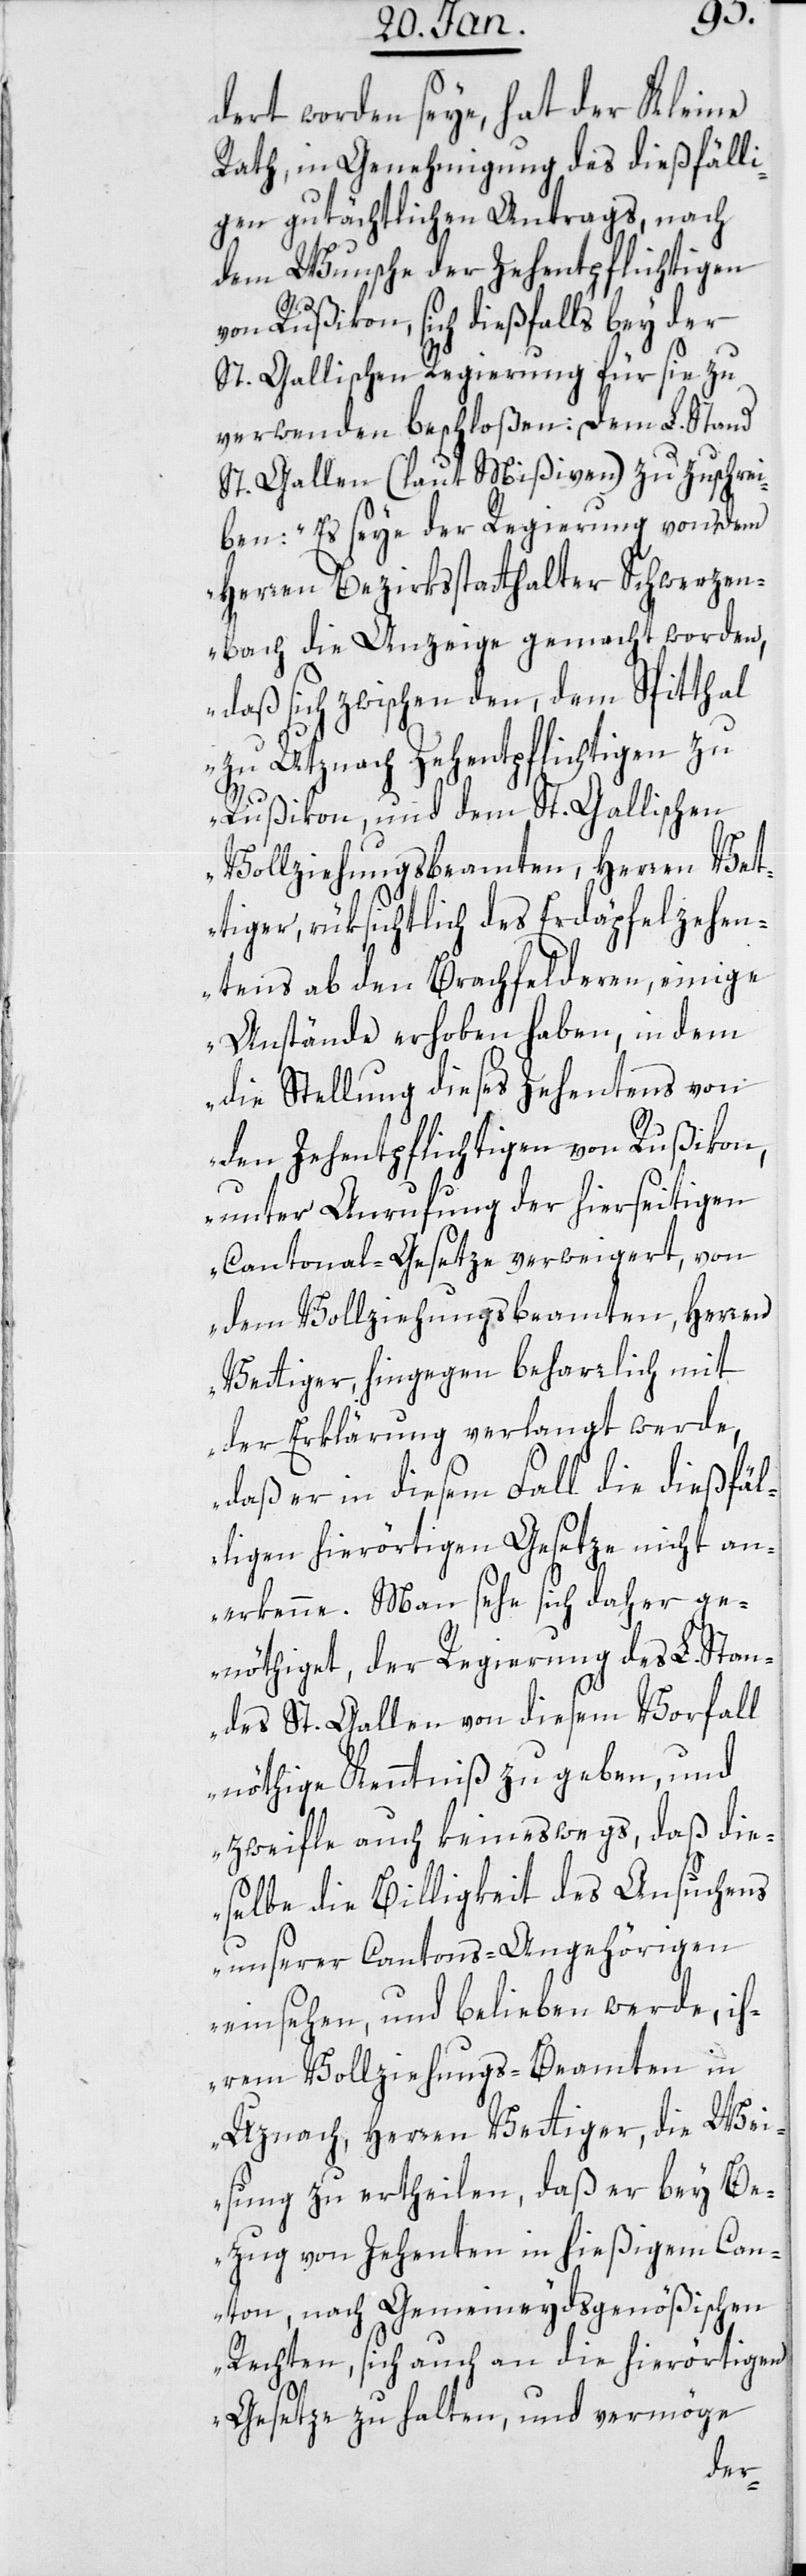
dert worden seye, hat der Kleine
Rath in Genehmigung des dießfäll¬
igen gutächtlichen Antrags, nach
dem Wunsche der Zehentpflichtigen
von Rußikon, sich diesfalls bey der
St. Gallischen Regierung für sie zu
verwenden beschloßen: Dem L. Stand
St. Gallen (laut Mißiven) zu zuschrei¬
„Es seye der Regierung von dem
Herren Bezirksstatthalter Schwerzen¬
bach die Anzeige gemacht worden,
daß sich zwischen den, dem Spitthal
zu Utznach Zehentpflichtigen zu
Rußikon, und dem St. Gallischen
Vollziehungsbeamten, Herren Vet¬
tiger, rüksichtlich des Erdäpfelzehen¬
tens ab den Brachfelderen, einige
Anstände erhoben haben, in dem
die Stellung dieses Zehentens von
den Zehentpflichtigen von Rußikon,
unter Anrufung der hierseitigen
Cantonal-Gesetze verweigert, von
dem Vollziehungsbeamten, Herren
Vettiger hingegen beharrlich mit
der Erklärung verlangt werde,
daß er in diesem Fall die dießfäl¬
ligen hierörtigen Gesetze nicht an¬
erkenne. Man sehe sich daher ge¬
nöthiget, der Regierung des L. Stan¬
des St. Gallen von diesem Vorfall
nöthige Kenntniß zu geben, und
zweifle auch keineswegs, daß die¬
selbe die Billigkeit des Ansuchens
unserer Cantons-Angehörigen
einsehen und belieben werde, ih¬
rem Vollziehungs-Beamten in
Uznach, Herren Vettiger, die Wei¬
sung zu ertheilen, daß er bey Be¬
zug von Zehenten in hießigem Can¬
ton, nach Gemeineydgenößischen
Rechten, sich auch an die hierörtigen
Gesetze zu halten, und vermöge
ben: